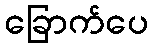
ခြောက်ပေ